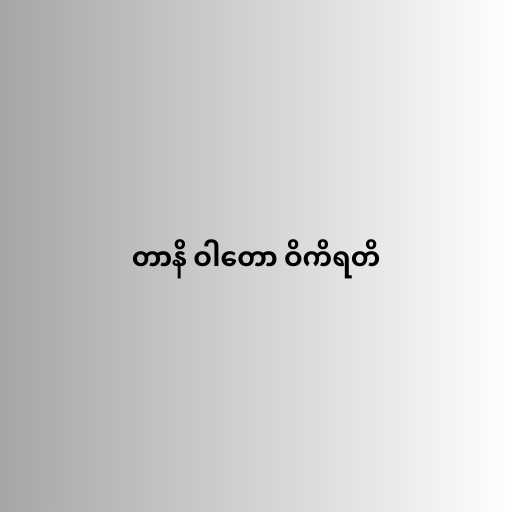
တာနိ ဝါတော ဝိကိရတိ